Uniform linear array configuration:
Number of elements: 8
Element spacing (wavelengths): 0.5
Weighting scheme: cosine
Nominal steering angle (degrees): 60
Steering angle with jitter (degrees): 58.673
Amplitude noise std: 0.05
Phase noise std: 0.05

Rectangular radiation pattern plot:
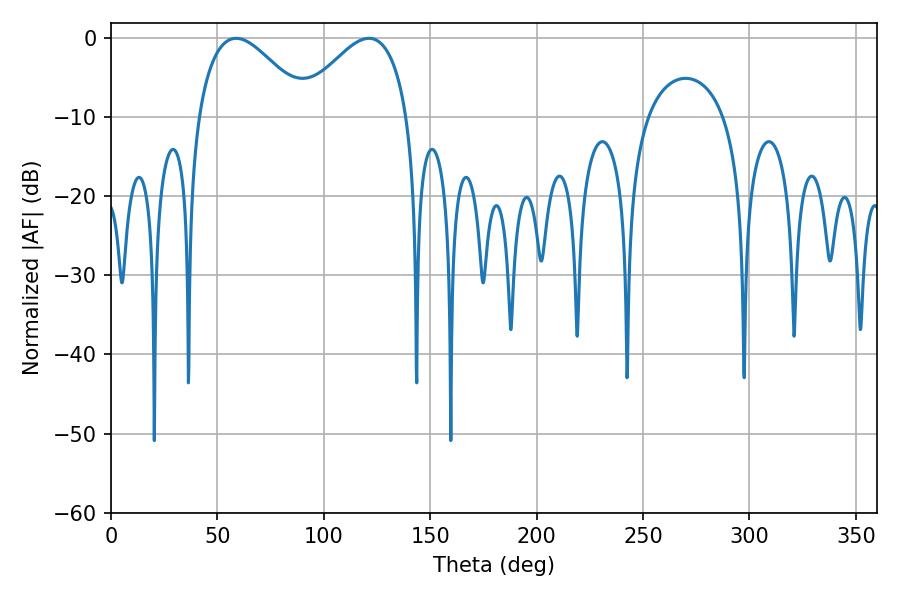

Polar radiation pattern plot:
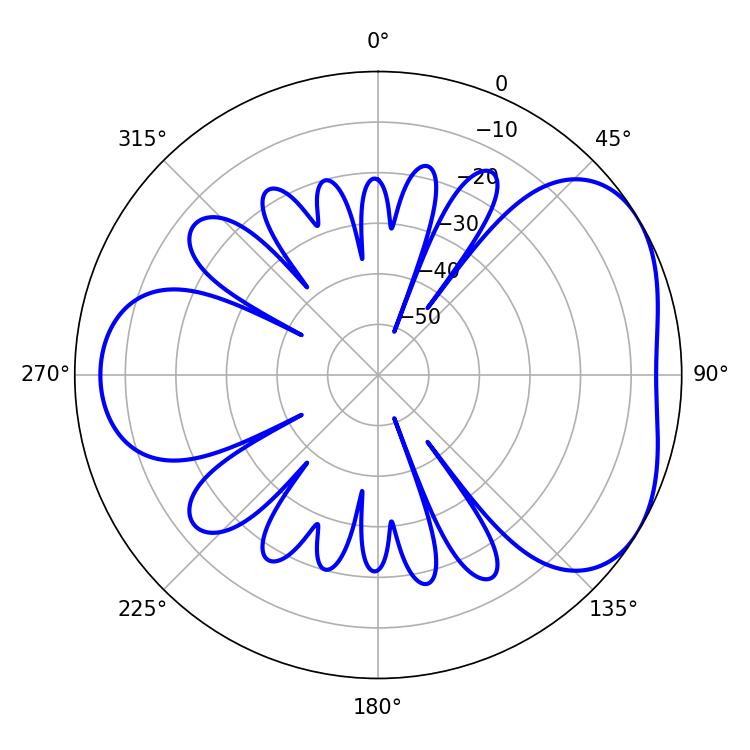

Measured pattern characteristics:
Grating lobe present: FALSE
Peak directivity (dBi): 4.279
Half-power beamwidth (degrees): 27.9
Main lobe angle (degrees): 58.86